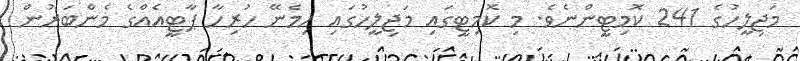
މަޖިލީހުގެ 241 ކޮމިޓީންނެވެ. މި ކޮމިޓީގައި މަޖިލީހުގައި ހިމެނޭ ހުރިހާ ޕާޓީއެއްގެ މެންބަރުން